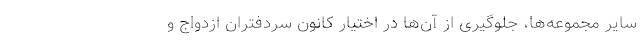
سایر مجموعه‌ها، جلوگیری از آن‌ها در اختیار کانون سردفتران ازدواج و